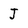
Character: J